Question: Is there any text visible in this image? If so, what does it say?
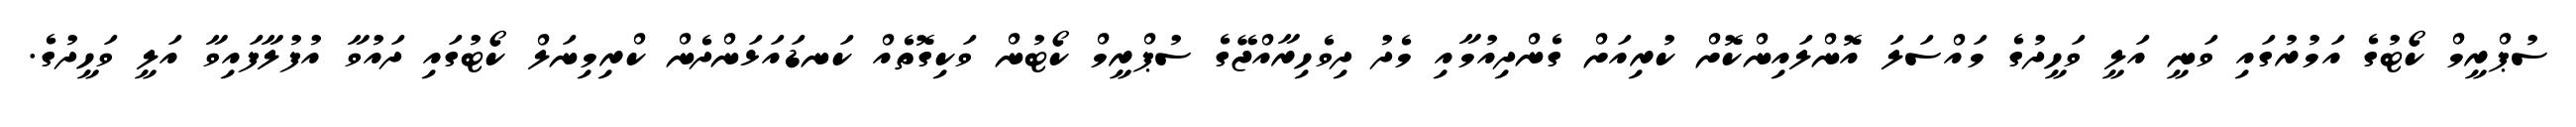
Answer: ސުޕްރީމް ކޯޓުގެ އަމުރުގައި ވަނީ އަލީ ވަހީދުގެ މައްސަލަ އޮންލައިންކޮށް ކުރިއަށް ގެންދިއުމާއި މެދު ދިވެހިރާއްޖޭގެ ސުޕްރީމް ކޯޓުން ވަކިގޮތެއް ކަނޑައަޅަންދެން ކްރިމިނަލް ކޯޓުގައި ދައުވާ އުފުލާފައިވާ އަލީ ވަހީދުގެ.